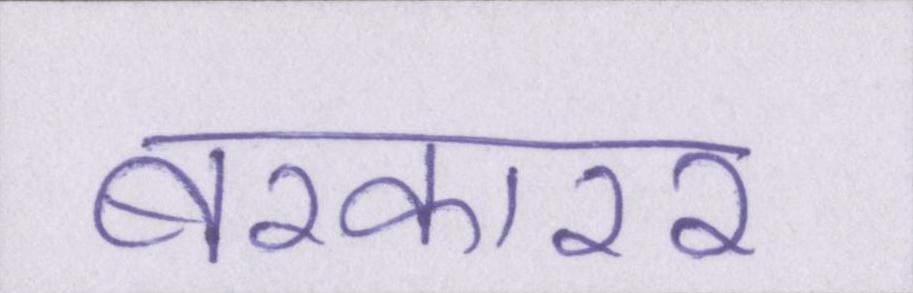
बरकारर